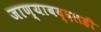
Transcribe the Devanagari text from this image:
जाण्याबद्दलही